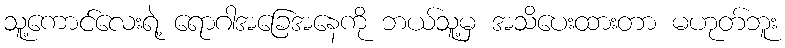
သူ့ကောင်လေးရဲ့ ရောဂါအခြေအနေကို ဘယ်သူ့မှ အသိပေးထားတာ မဟုတ်ဘူး